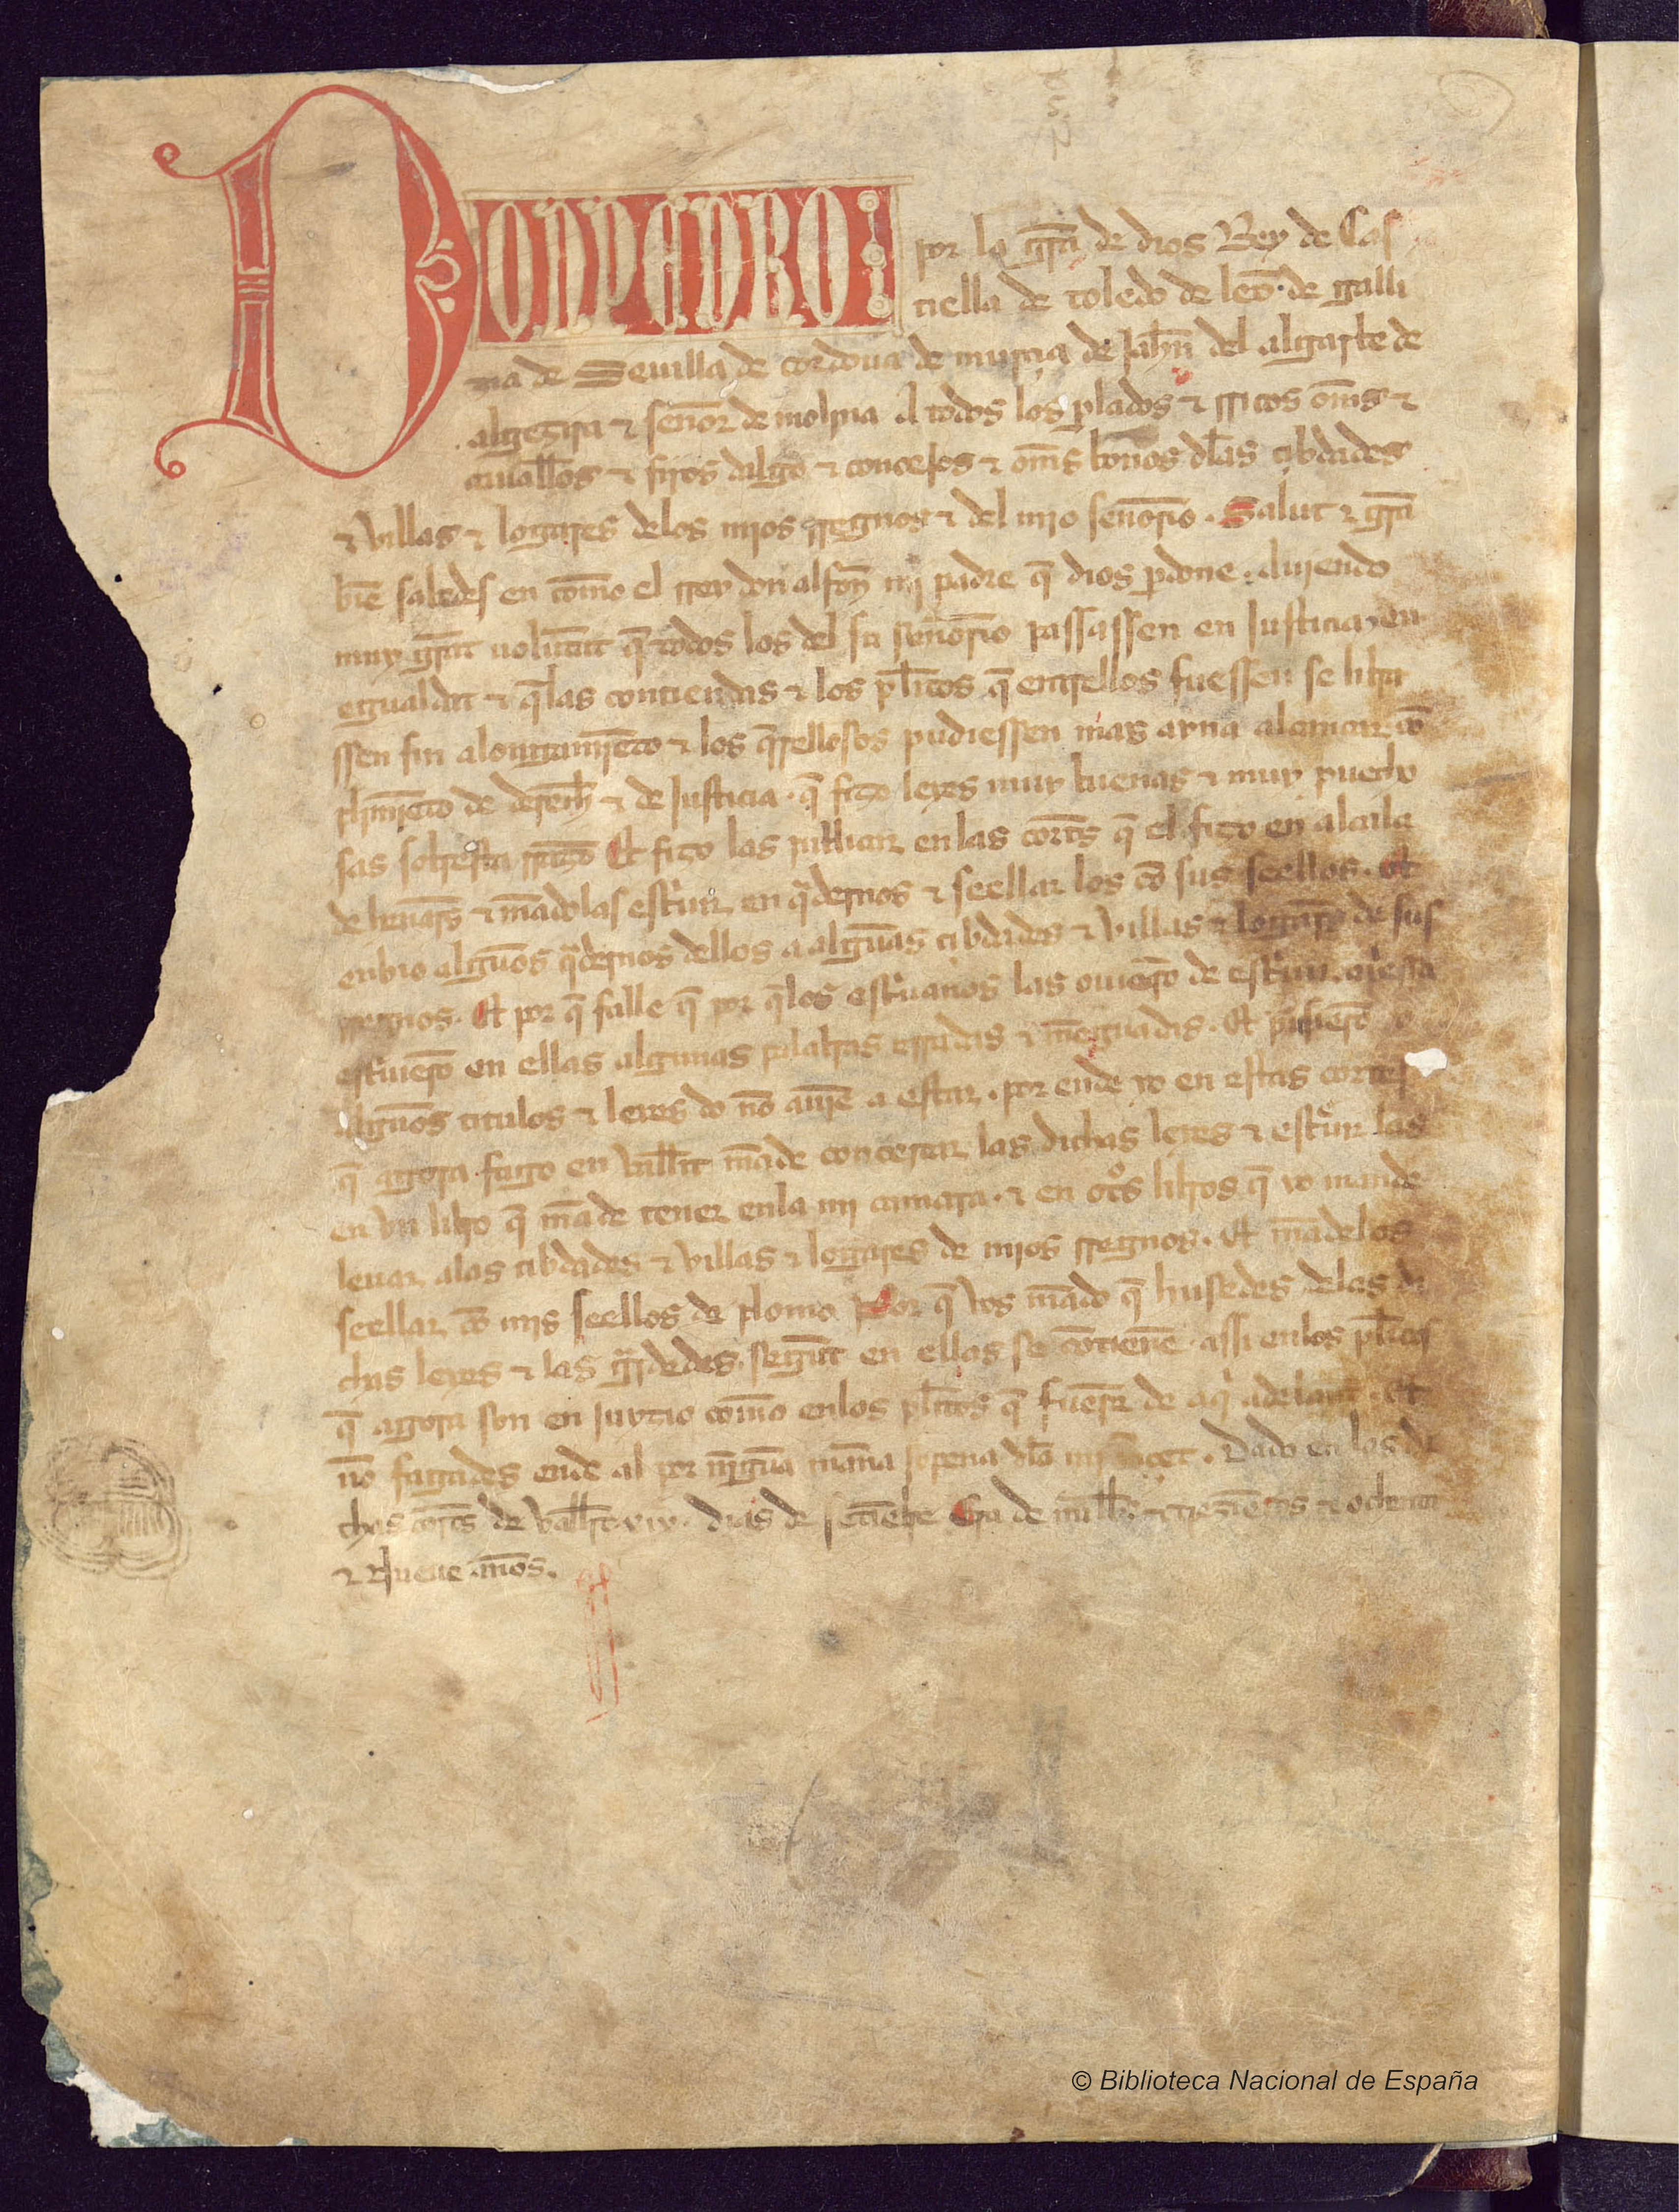
Shelfmark: Madrid, BNE, MSS. 6406
Century: 14